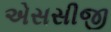
એસસીજી